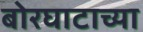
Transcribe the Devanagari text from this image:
बोरघाटाच्या